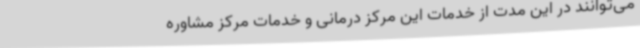
می‌توانند در این مدت از خدمات این مرکز درمانی و خدمات مرکز مشاوره